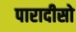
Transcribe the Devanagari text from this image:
पारादीसो